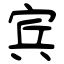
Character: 宾